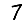
Digit: 7